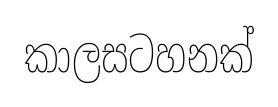
කාලසටහනක්